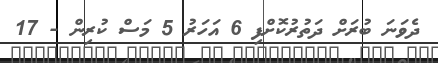
ދެވަނަ ބުރަށް ދަތުރުކޮށްފި 6 އަހަރު 5 މަސް ކުރިން - 17